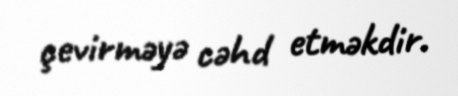
çevirməyə cəhd etməkdir.